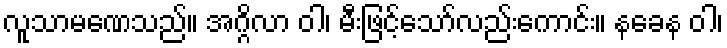
လူသာမဏေသည်။ အဂ္ဂိလာ ဝါ၊ မီးဖြင့်သော်လည်းကောင်း။ နခေန ဝါ၊